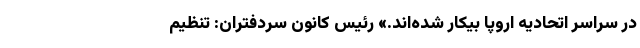
در سراسر اتحادیه اروپا بیکار شده‌اند.» رئیس کانون سردفتران: تنظیم